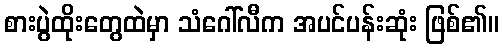
စားပွဲထိုးတွေထဲမှာ သံဂေါ်လီက အပင်ပန်းဆုံး ဖြစ်၏။